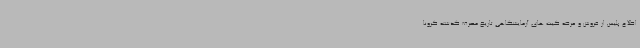
اطلاع پلیس از فروش و عرضه کیت های آزمایشگاهی تاریخ مصرف گذشته کرونا